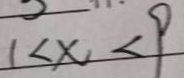
1 < x < 9